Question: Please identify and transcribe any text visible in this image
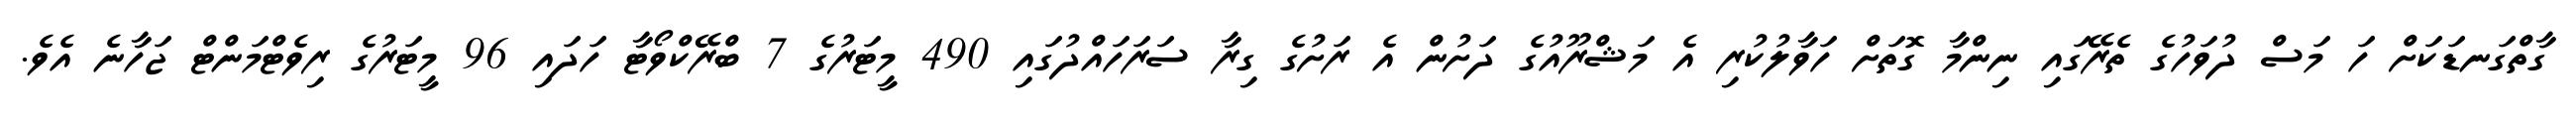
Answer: ގާތްގަނޑަކަށް ހަ މަސް ދުވަހުގެ ތެރޭގައި ނިންމާ ގޮތަށް ހަވާލުކުރި އެ މަޝްރޫއުގެ ދަށުން އެ ރަށުގެ ގިރާ ސަރަހައްދުގައި 490 މީޓަރުގެ 7 ބްރޭކްވޯޓާ ހަދައި 96 މީޓަރުގެ ރިވެޓްމަންޓް ޖަހާނެ އެވެ.